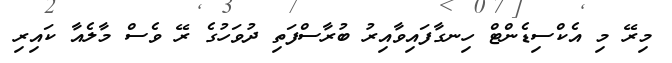
މިރޭ މި އެކްސިޑެންޓް ހިނގާފައިވާއިރު ބުރާސްފަތި ދުވަހުގެ ރޭ ވެސް މާލެއާ ކައިރި